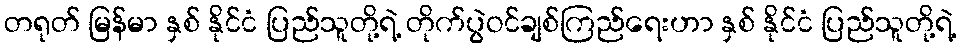
တရုတ် မြန်မာ နှစ် နိုင်ငံ ပြည်သူတို့ရဲ့ တိုက်ပွဲဝင်ချစ်ကြည်ရေးဟာ နှစ် နိုင်ငံ ပြည်သူတို့ရဲ့